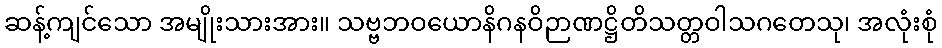
ဆန့်ကျင်သော အမျိုးသားအား။ သဗ္ဗဘဝယောနိဂနဝိဉာဏဋ္ဌိတိသတ္တဝါသဂတေသု၊ အလုံးစုံ